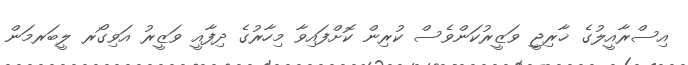
އިސްރާއީލުގެ ޚާރިޖީ ވަޒީރުކަންވެސް ކުރިން ކޮށްފައިވާ މިހާރުގެ ދިފާއީ ވަޒީރު އަވިގޯރ ލީބަރމަން